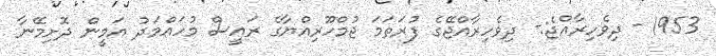
1953 - ދިވެހިރާއްޖެ:- ދިވެހިރާއްޖޭގެ ފުރަތަމަ ޖުމްހޫރިއްޔާގެ ރައީސް މުހައްމަދު އަމީން ދޮށިމޭނާ